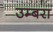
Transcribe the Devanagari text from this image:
उम्बरा